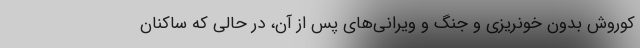
کوروش بدون خونریزی و جنگ و ویرانی‌های پس از آن، در حالی که ساکنان